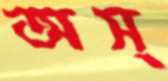
অস্